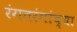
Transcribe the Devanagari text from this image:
रंगतरंगांच्या